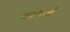
લાગલો